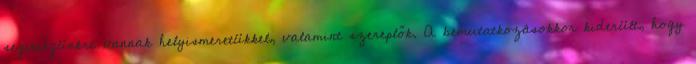
segítségünkre vannak helyismeretükkel, valamint szereplők. A bemutatkozásokkor kiderült, hogy